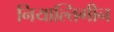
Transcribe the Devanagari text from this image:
नियाल्तिगीन